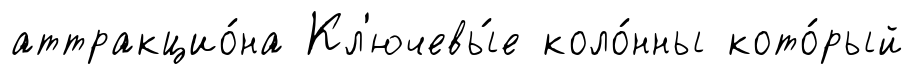
аттракцио́на Кл'ючевы́е коло́нны кото́рый